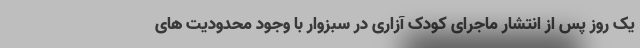
یک روز پس از انتشار ماجرای کودک آزاری در سبزوار با وجود محدودیت های